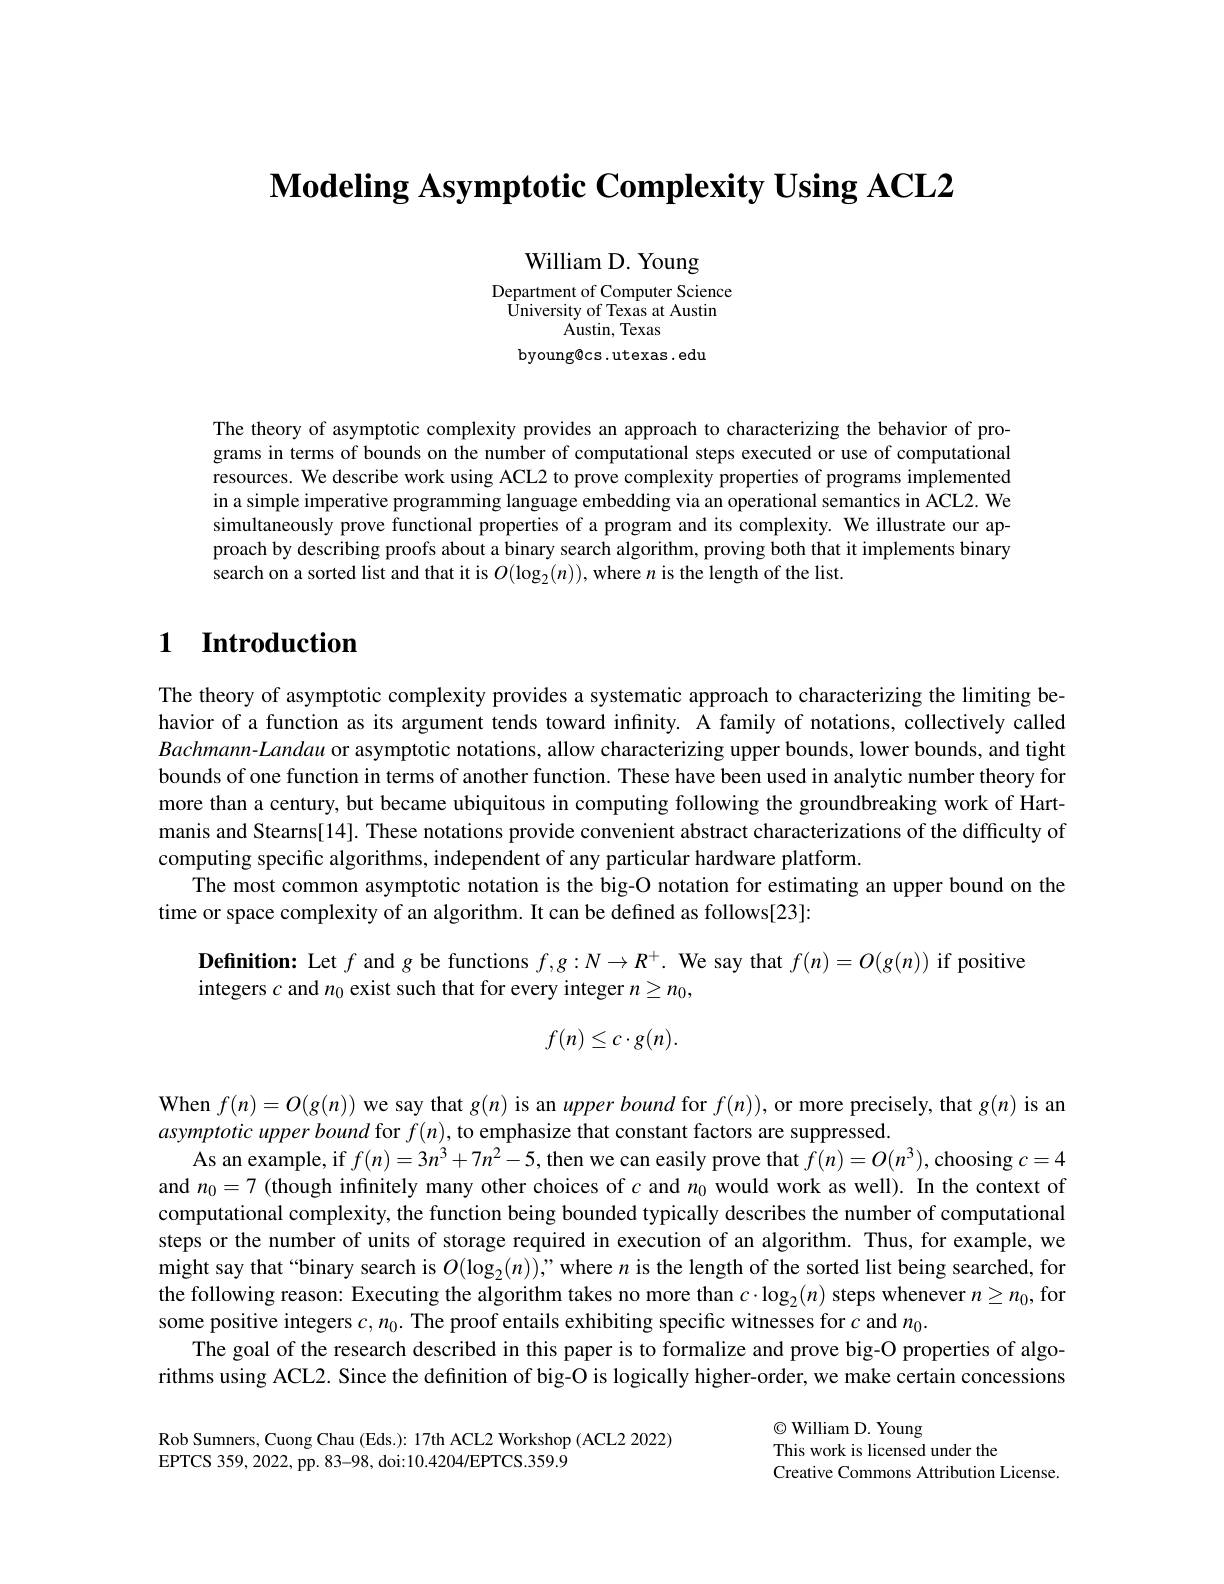
$\textbf{Modeling Asymptotic Complexity Using ACL2}$

William D. Young

Department of Computer Science $\ddot{\text{University of Texas at Austin}}$
${\mathrm{Austin,~Texas}}$
byoung@cs.utexas.edu

The theory of asymptotic complexity provides an approach to characterizing the behavior of programs in terms of bounds on the number of computational steps executed or use of computational resources. We describe work using ACL2 to prove complexity properties of programs implemented in a simple imperative programming language embedding via an operational semantics in ACL2. We simultaneously prove functional properties of a program and its complexity. We illustrate our approach by describing proofs about a binary search algorithm, proving both that it implements binary search on a sorted list and that it is $O(\log_{2}(n))$, where $n$ is the length of the list.

# $\textbf{1}$ $\textbf{Introduction}$

The theory of asymptotic complexity provides a systematic approach to characterizing the limiting behavior of a function as its argument tends toward infinity. A family of notations, collectively called $Bachmann-Landau$ or asymptotic notations, allow characterizing upper bounds, lower bounds, and tight bounds of one function in terms of another function. These have been used in analytic number theory for more than a century, but became ubiquitous in computing following the groundbreaking work of Hartmanis and Stearns[14]. These notations provide convenient abstract characterizations of the difficulty of computing specific algorithms, independent of any particular hardware platform.
The most common asymptotic notation is the big-O notation for estimating an upper bound on the
time or space complexity of an algorithm. It can be defined as follows[23]:

Definition: Let $f$ and $g$ be functions $f,g:N\to R^+.$ We say that $f(n)=O(g(n))$ if positive
integers $c$ and $n_0$ exist such that for every integer $n\geq n_0$,
$$f(n)\leq c\cdot g(n).$$
When $f(n)=O(g(n))$ we say that $g(n)$ is an upperbound for $f(n))$, or more precisely, that $g(n)$ is an
asymptotic upper bound for $f(n)$, to emphasize that constant factors are suppressed
As an example, if $f(n)=3n^3+7n^2-5$, then we can easily prove that $f(n)=O(n^3)$, choosing $c=4$ and $n_0=7$ (though infinitely many other choices of $c$ and $n_{0}$ would work as well). In the context of computational complexity, the function being bounded typically describes the number of computational steps or the number of units of storage required in execution of an algorithm. Thus, for example, we might say that“binary search is $O(\log_2(n))$,”where $n$ is the length of the sorted list being searched, for the following reason: Executing the algorithm takes no more than $c\cdot\log_2(n)$ steps whenever $n\geq n_0$, for some positive integers $c,n_0.$ The proof entails exhibiting specific witnesses for $c$ and $n_0.$
The goal of the research described in this paper is to formalize and prove big-O properties of algorithms using ACL2. Since the definition of big-O is logically higher-order, we make certain concessions

Rob Sumners, Cuong Chau (Eds.): 17th ACL2 Workshop (ACL2 2022)
EPTCS 359, 2022,  pp.  83- 98,  doi: 10. 4204/ EPTCS. 359. 9

$\odot$William D. Young
This work is licensed under the
Creative Commons Attribution License